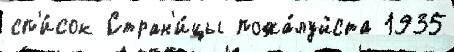
сп'и́сок Стран'и́цы пожа́луйста 1935